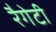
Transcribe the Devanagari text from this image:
रैगेटी